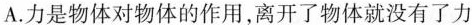
A.力是物体对物体的作用，离开了物体就没有了力